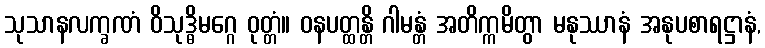
သုသာနလက္ခဏံ ဝိသုဒ္ဓိမဂ္ဂေ ဝုတ္တံ။ ဝနပတ္ထန္တိ ဂါမန္တံ အတိက္ကမိတွာ မနုဿာနံ အနုပစာရဋ္ဌာနံ,